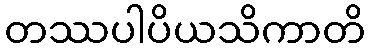
တဿပါပိယသိကာတိ